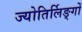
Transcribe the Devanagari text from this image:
ज्योतिर्लिङ्गों